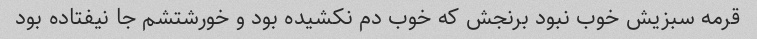
قرمه سبزیش خوب نبود برنجش که خوب دم نکشیده بود و خورشتشم جا نیفتاده بود